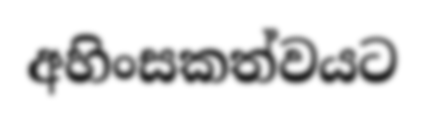
අහිංසකත්වයට